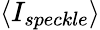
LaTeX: {\langle I_{speckle}\rangle}